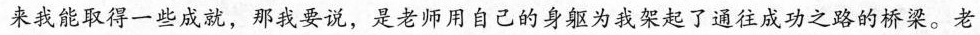
来我能取得一些成就，那我要说，是老师用自己的身躯为我架起了通往成功之路的桥梁。老